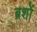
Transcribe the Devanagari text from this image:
ब्रशों